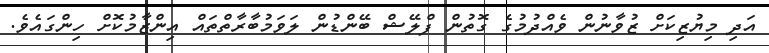
އަދި މިޔުޒިކަށް ޒުވާނުން ވެއްދުމުގެ ގޮތުން ފްލޭޝް ބޭންޑުން ލަވަމުބާރާތްތައް އިންޒާމުކޮށް ހިންގައެވެ.